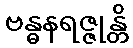
ဗန္ဓနရဇ္ဇုန္တိ